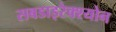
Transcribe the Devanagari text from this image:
सबडाइरेक्श्योन